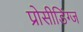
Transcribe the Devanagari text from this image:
प्रोसीडिंग्ज